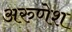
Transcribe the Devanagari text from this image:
अरुणेश